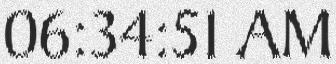
06:34:51 AM